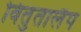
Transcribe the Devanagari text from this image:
वितुतालैप